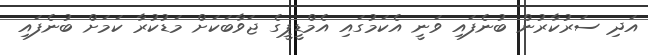
އަދި ސަރުކާރުން ބުނެފައި ވަނީ އެކަމުގައި އެމްޑީޕީގެ ޖަވާބަކަށް މަޑުކުރާ ކަމަށް ބުނެފައި